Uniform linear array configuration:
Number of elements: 32
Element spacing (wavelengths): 0.75
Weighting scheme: binomial
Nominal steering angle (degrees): -45
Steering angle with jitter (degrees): -44.136
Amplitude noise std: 0.05
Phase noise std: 0.05

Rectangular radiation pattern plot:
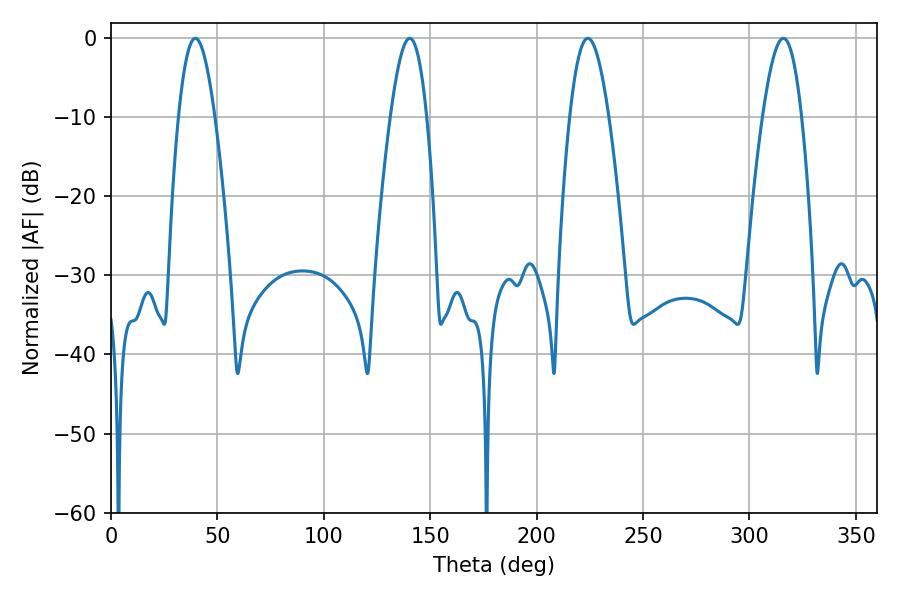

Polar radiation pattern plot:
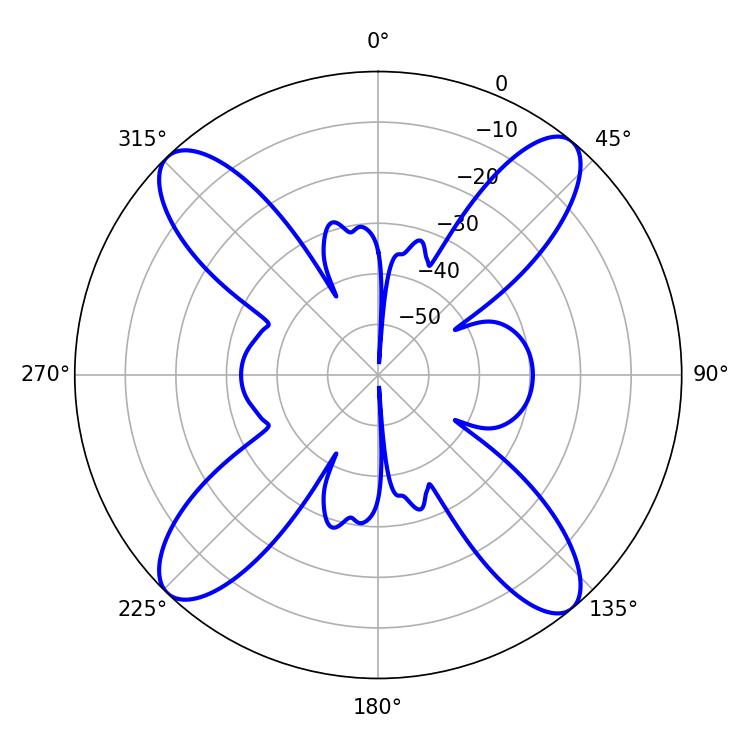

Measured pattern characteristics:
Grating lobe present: TRUE
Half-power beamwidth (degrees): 9.36
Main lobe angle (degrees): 39.6